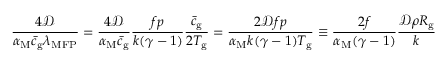
\frac { 4 \mathcal { D } } { \alpha _ { \mathrm { M } } \bar { c } _ { \mathrm { g } } \lambda _ { \mathrm { M F P } } } = \frac { 4 \mathcal { D } } { \alpha _ { \mathrm { M } } \bar { c } _ { \mathrm { g } } } \frac { f p } { k ( \gamma - 1 ) } \frac { \bar { c } _ { \mathrm { g } } } { 2 T _ { \mathrm { g } } } = \frac { 2 \mathcal { D } f p } { \alpha _ { \mathrm { M } } k ( \gamma - 1 ) T _ { \mathrm { g } } } \equiv \frac { 2 f } { \alpha _ { \mathrm { M } } ( \gamma - 1 ) } \frac { \mathcal { D } \rho R _ { \mathrm { g } } } { k }